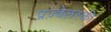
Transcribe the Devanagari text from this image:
प्रज़्वेलस्की